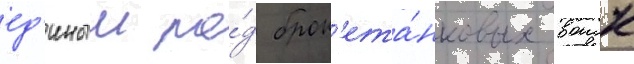
ед'иныи ро́д брон'ета́нковых воиск